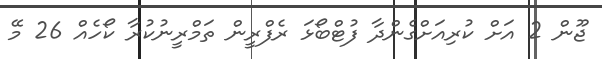
ޖޫން 2 އަށް ކުރިއަށްގެންދާ ފުޓްބޯޅަ ރެފްރީން ތަމްރީނުކުރާ ކޯހެއް 26 މޭ